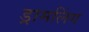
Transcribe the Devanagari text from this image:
ड्रामलिंग